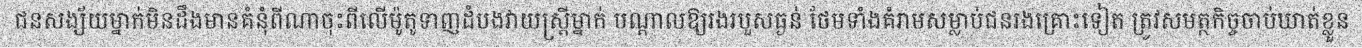
ជនសង្ស័យម្នាក់មិនដឹងមានគំនុំពីណាចុះពីលើម៉ូតូទាញដំបងវាយស្ត្រីម្នាក់ បណ្តាលឱ្យរងរបួសធ្ងន់ ថែមទាំងគំរាមសម្លាប់ជនរងគ្រោះទៀត ត្រូវសមត្ថកិច្ចចាប់ឃាត់ខ្លួន